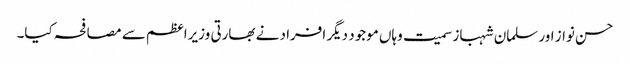
حسن نواز اور سلمان شہباز سمیت وہاں موجود دیگر افراد نے بھارتی وزیراعظم سے مصافحہ کیا۔